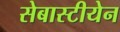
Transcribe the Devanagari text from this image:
सेबास्टीयेन